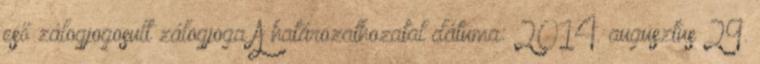
eső zálogjogosult zálogjoga A határozathozatal dátuma: 2014. augusztus 29.